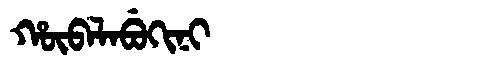
Manchu: ᡥᡡᠪᠠᠯᠠᠪᡠᡴᡳᠨᡳ
Romanization: HŪBALABUKINI